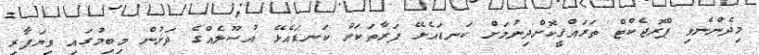
މިދެންނެވި ޕްރޮޖެކްޓް ތަރައްޤީކޮށްދިނުމަށް ކަނޑައެޅޭ ފަރާތަކަށް ކަނޑައެޅޭ އުސޫލެއްގެ ދަށުން މިބިމުގައި ވިޔަފާރި